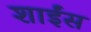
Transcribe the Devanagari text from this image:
शाईंस